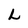
Character: L